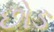
છોઙ